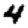
Digit: 4